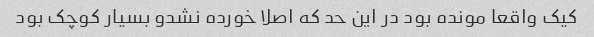
کیک واقعا مونده بود در این حد که اصلا خورده نشدو بسیار کوچک بود